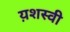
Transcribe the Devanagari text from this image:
य़शस्वी